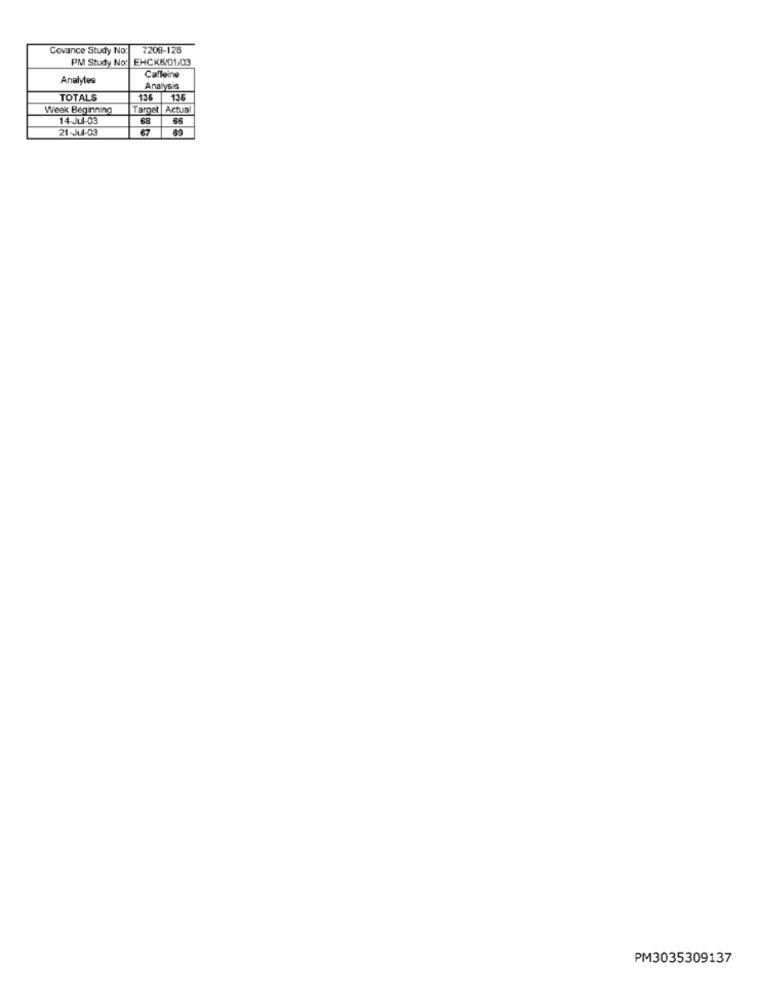
Covance Study No:
7209-128
PM Study No: EHCK6/01/03
Analytes
Caffeine
Analysis
TOTALS
136
135
Weak Beginning
Target Actua
89
14-Jul-03
21-Jul-03
67
PM3035309137